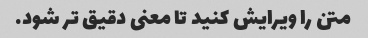
متن را ویرایش کنید تا معنی دقیق تر شود.